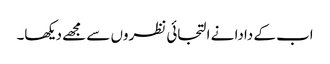
اب کے دادا نے التجائی نظروں سے مجھے دیکھا۔